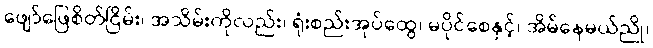
ဖျော်ဖြေစိတ်ငြိမ်း၊ အသိမ်းကိုလည်း၊ ရုံးစည်းအုပ်ထွေ၊ မပိုင်စေနှင့်၊ အိမ်နေမယ်ညို၊